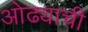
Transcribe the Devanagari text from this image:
ओढ्याची